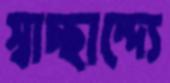
স্বাচ্ছান্দ্যে